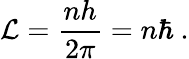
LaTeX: \mathcal{L}={\frac{{nh}}{{2\pi}}}=n\hbar~.